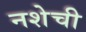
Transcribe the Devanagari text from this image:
नशेची